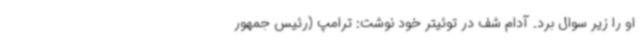
او را زیر سوال برد. آدام شف در توئیتر خود نوشت: ترامپ (رئیس جمهور